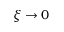
\xi \to 0